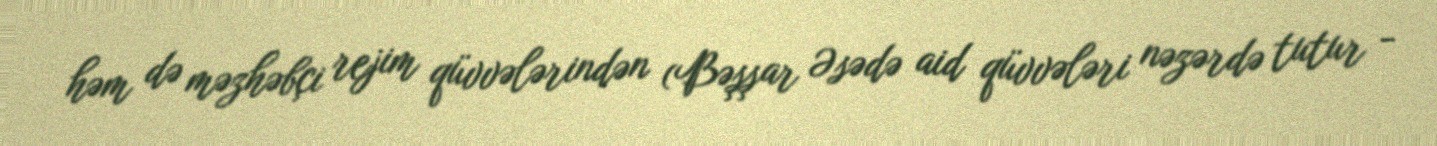
həm də məzhəbçi rejim qüvvələrindən (Bəşşar Əsədə aid qüvvələri nəzərdə tutur -